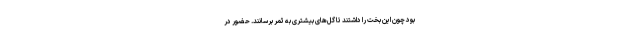
بود چون این بخت را داشتند تا گل‌های بیشتری به ثمر برسانند. حضور در